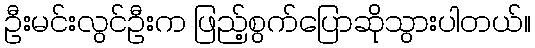
ဦးမင်းလွင်ဦးက ဖြည့်စွက်ပြောဆိုသွားပါတယ်။